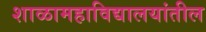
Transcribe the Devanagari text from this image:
शाळामहाविद्यालयांतील